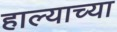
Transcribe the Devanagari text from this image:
हाल्याच्या